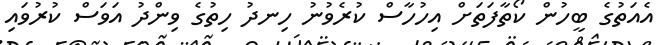
އެއަތުގެ ބީހުން ކޯތާފަތަށް އިހުހާސް ކުރެވުނު ހިނދު ހިތުގެ ވިންދު އަވަސް ކުރުވައި